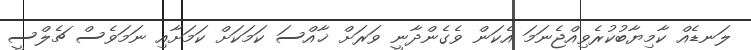
ލަނޑެއް ކާމިޔާބުކުރެވިއްޖެނަމަ އެކަން ވެގެންދާނީ ވަރަށް ޚާއްސަ ކަމަކަށް ކަމަށާއި ނަމަވެސް ޗެލްސީ